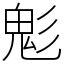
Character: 鬽